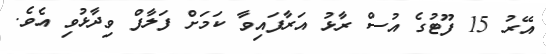
އޭރު 15 ފޫޓުގެ އުސް ރާޅު އަރާފައިވާ ކަމަށް ފަލާފް ވިދާޅުވި އެވެ.